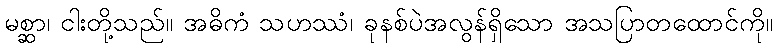
မစ္ဆာ၊ ငါးတို့သည်။ အဓိကံ သဟဿံ၊ ခုနစ်ပဲအလွန်ရှိသော အသပြာတထောင်ကို။